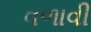
વળાવી